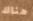
هناك